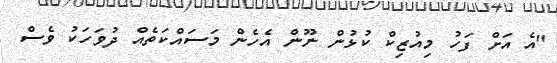
"އެ އަށް ފަހު މިއުޒިކް ކުޅުން ނޫން އެހެން މަސައްކަތެއް ދުވަހަކު ވެސް